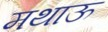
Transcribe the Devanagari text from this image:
मथाऊ